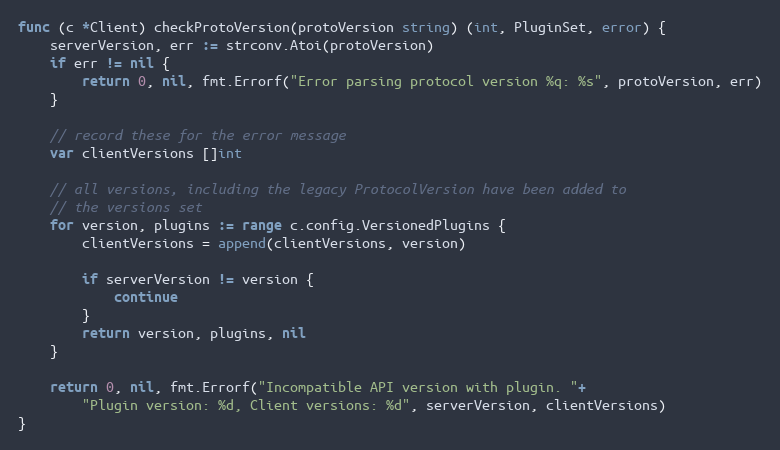
Language: Go
func (c *Client) checkProtoVersion(protoVersion string) (int, PluginSet, error) {
	serverVersion, err := strconv.Atoi(protoVersion)
	if err != nil {
		return 0, nil, fmt.Errorf("Error parsing protocol version %q: %s", protoVersion, err)
	}

	// record these for the error message
	var clientVersions []int

	// all versions, including the legacy ProtocolVersion have been added to
	// the versions set
	for version, plugins := range c.config.VersionedPlugins {
		clientVersions = append(clientVersions, version)

		if serverVersion != version {
			continue
		}
		return version, plugins, nil
	}

	return 0, nil, fmt.Errorf("Incompatible API version with plugin. "+
		"Plugin version: %d, Client versions: %d", serverVersion, clientVersions)
}